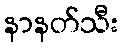
နာနတ်သီး